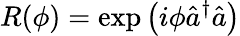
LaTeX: R(\phi)=\exp\left(i\phi\hat{a}^{\dagger}\hat{a}\right)